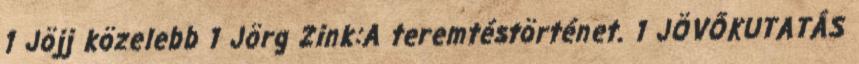
1 Jöjj közelebb 1 Jörg Zink:A teremtéstörténet. 1 JÖVŐKUTATÁS